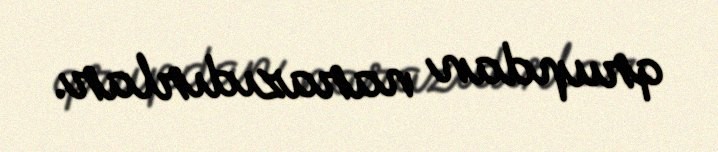
qrupdan narazıdırlar.